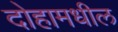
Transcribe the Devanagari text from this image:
दोहामधील